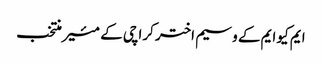
ایم کیو ایم کے وسیم اختر کراچی کے مئیر منتخب